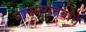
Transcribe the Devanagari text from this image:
मानमरातबात